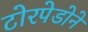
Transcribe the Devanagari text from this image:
टोरपेडोने